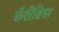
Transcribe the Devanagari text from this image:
कॅरीबिया